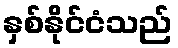
နှစ်နိုင်ငံသည်